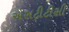
એસટીટીસી